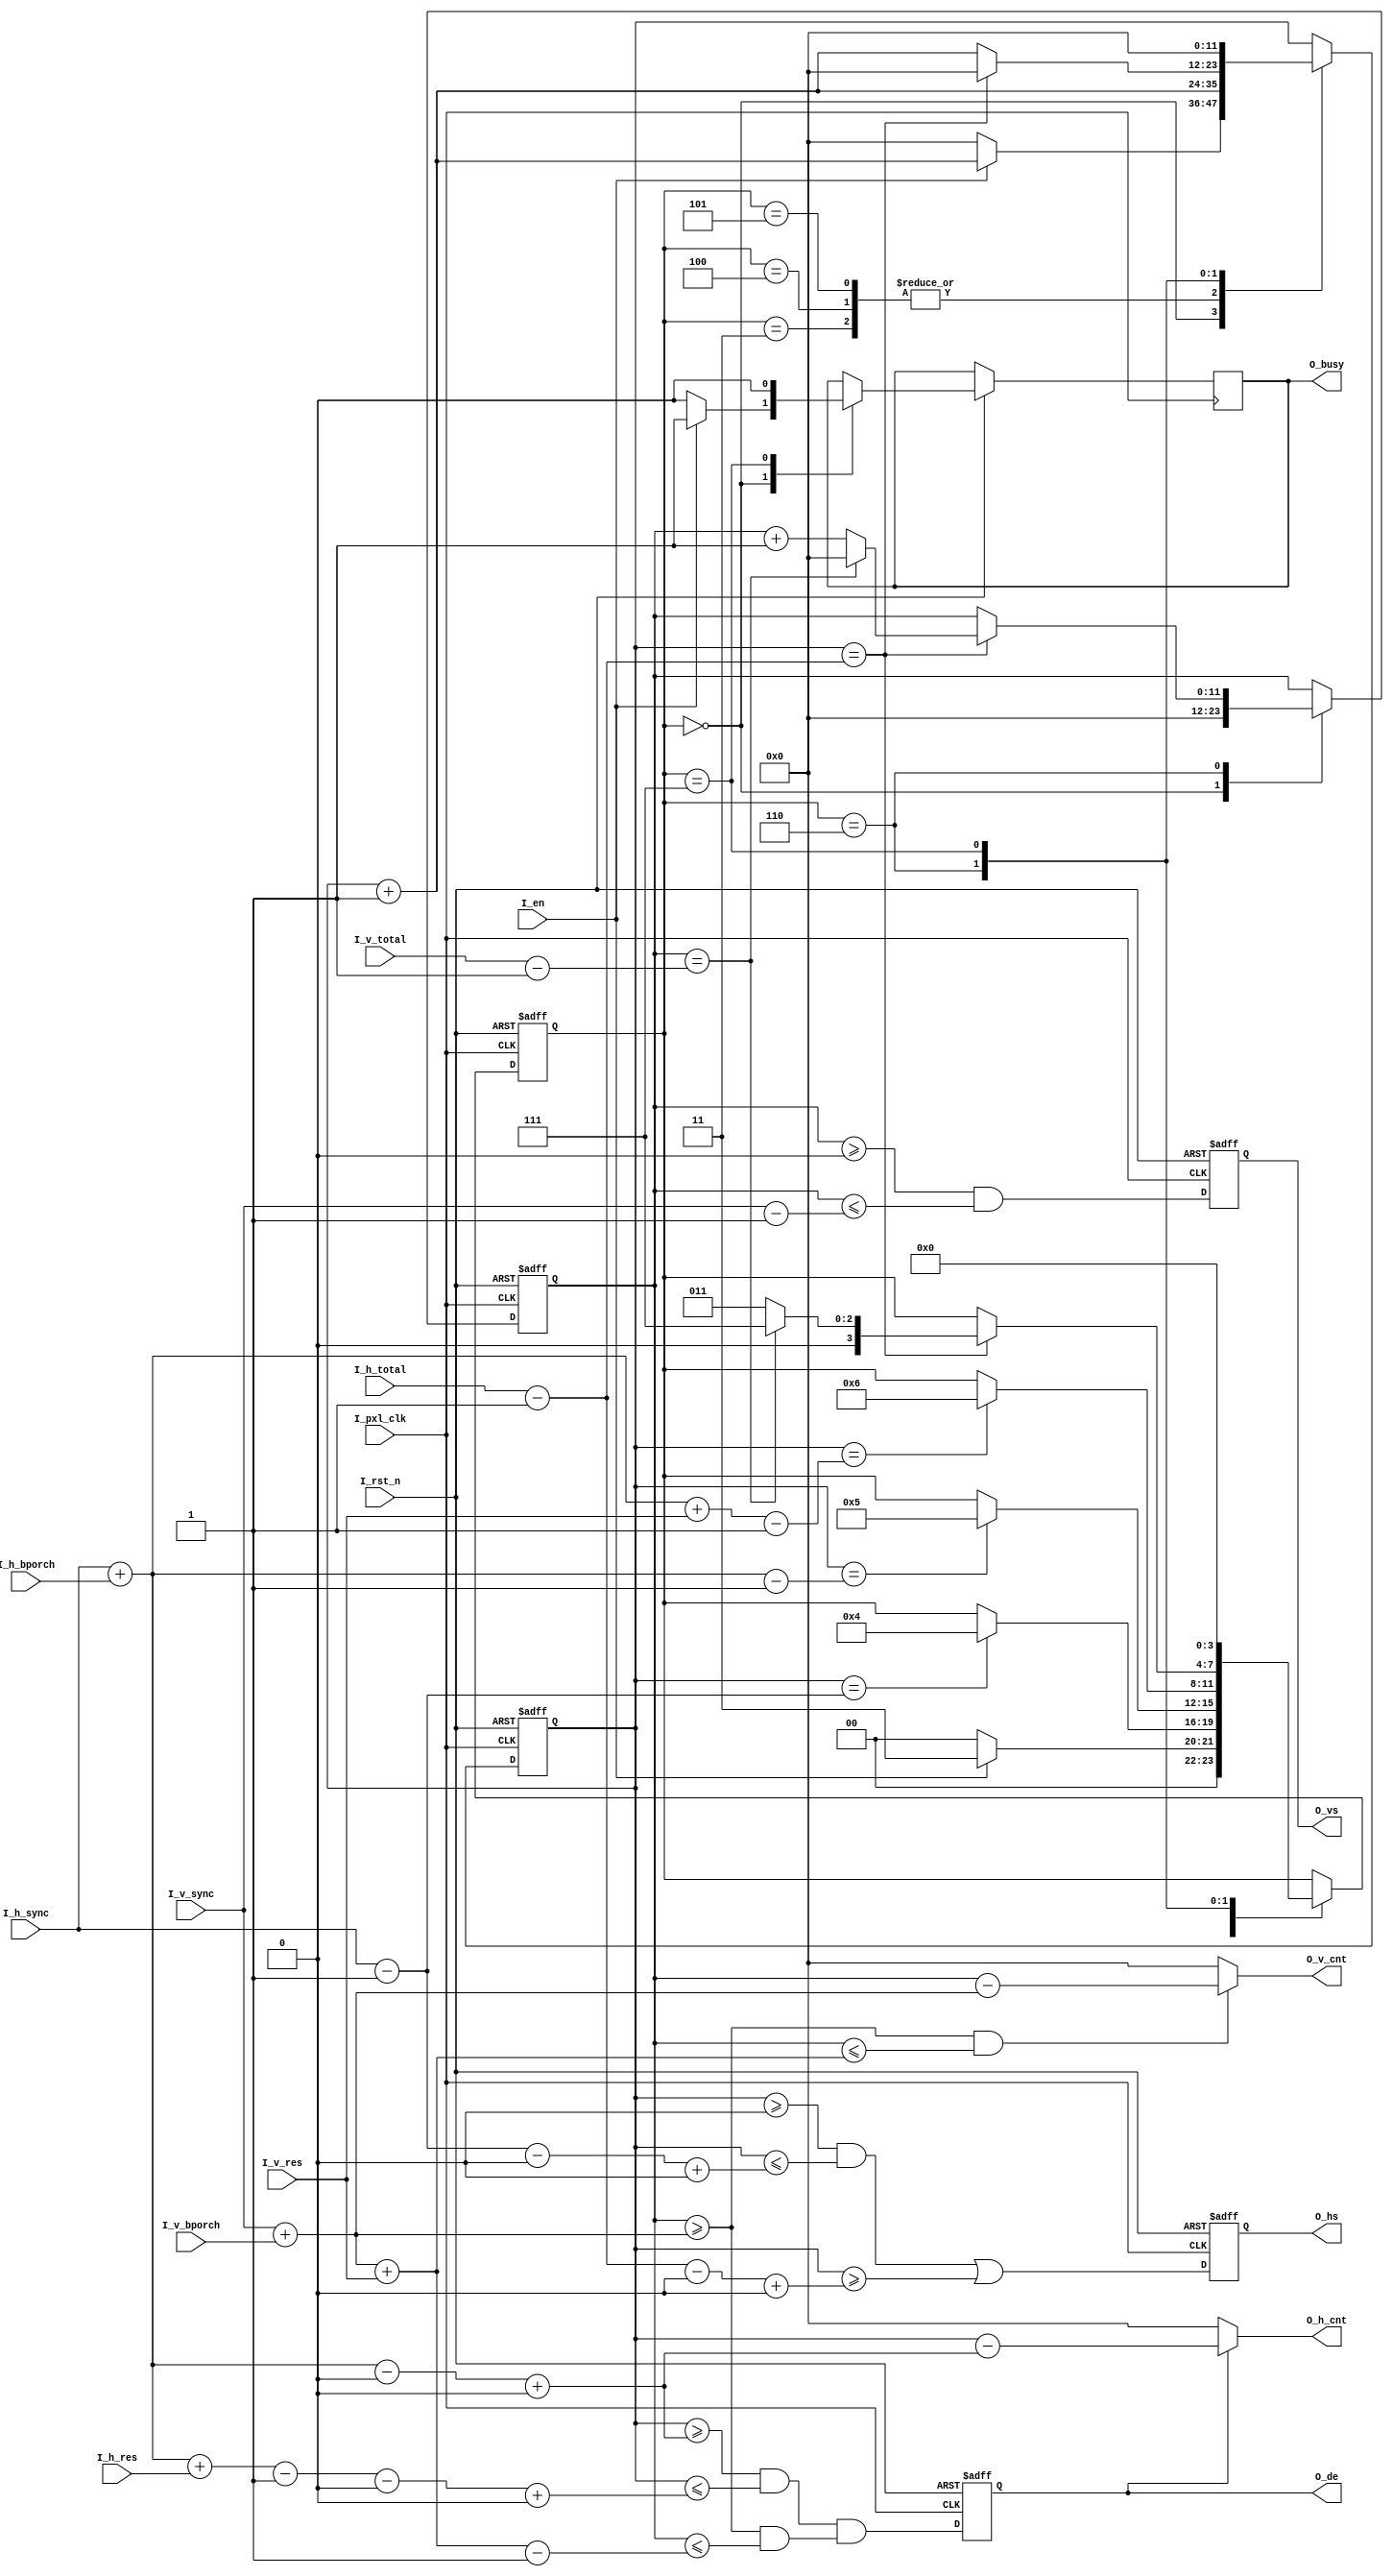
module GreedySnake_hdmi_clk(
	input              I_pxl_clk   ,//pixel clock
    input              I_en        ,
    input              I_rst_n     ,//low active 
    input      [11:0]  I_h_total   ,//hor total time  // 12'd1056  // 12'd1344  // 12'd1650   
    input      [11:0]  I_h_sync    ,//hor sync time   // 12'd128   // 12'd136   // 12'd40     
    input      [11:0]  I_h_bporch  ,//hor back porch  // 12'd88    // 12'd160   // 12'd220    
    input      [11:0]  I_h_res     ,//hor resolution  // 12'd800   // 12'd1024  // 12'd1280   
    input      [11:0]  I_v_total   ,//ver total time  // 12'd628   // 12'd806   // 12'd750     
    input      [11:0]  I_v_sync    ,//ver sync time   // 12'd4     // 12'd6     // 12'd5       
    input      [11:0]  I_v_bporch  ,//ver back porch  // 12'd23    // 12'd29    // 12'd20       
    input      [11:0]  I_v_res     ,//ver resolution  // 12'd600   // 12'd768   // 12'd720     
    output wire[11:0]  O_h_cnt     ,
    output wire[11:0]  O_v_cnt     ,
    output reg         O_busy      ,
    output reg         O_de        ,   
    output reg         O_hs        ,//
    output reg         O_vs        
);

parameter AHEAD_CLK = 12'd0;
parameter DELAY_CLK = 12'd0;

localparam
    HDMI_IDLE       = 4'd0,
    HDMI_VS_SYNC    = 4'd1,
    HDMI_VS_BPORCH  = 4'd2,
    HDMI_HS_SYNC    = 4'd3,
    HDMI_HS_BPORCH  = 4'd4,
    HDMI_HS_RES     = 4'd5,
    HDMI_HS_END     = 4'd6,
    HDMI_FINISH     = 4'd7;

reg  [11:0]   v_cnt     ;
reg  [11:0]   h_cnt     ;
assign O_h_cnt = ~O_de ? 12'd0 : (h_cnt-(I_h_sync+I_h_bporch-AHEAD_CLK+DELAY_CLK));
assign O_v_cnt = (v_cnt >= (I_v_sync+I_v_bporch))&&(v_cnt<=(I_v_sync+I_v_bporch+I_v_res))?v_cnt-(I_v_sync+I_v_bporch):12'd0;

reg  [3:0]    state;
initial begin
    state <= HDMI_IDLE;
    v_cnt <= 0;
    h_cnt <= 0;
    O_busy <= 0;
end

always@(posedge I_pxl_clk or negedge I_rst_n) begin
	if(!I_rst_n) begin
        state <= HDMI_IDLE;
        v_cnt <= 0;
        h_cnt <= 0;
        O_de  <= 0;
        O_hs  <= 0;
        O_vs  <= 0;
    end
    else begin
        // if(ISDELAY_DEHS)begin
            O_vs <= ((v_cnt>=12'd0) & (v_cnt<=(I_v_sync-1'b1)));
            O_hs <= ((h_cnt>=12'd0+DELAY_CLK) & (h_cnt<=(I_h_sync-1'b1-AHEAD_CLK+DELAY_CLK)))|(h_cnt>=I_h_total-12'd1-AHEAD_CLK+DELAY_CLK);
            O_de <= ((h_cnt>=(I_h_sync+I_h_bporch-AHEAD_CLK+DELAY_CLK))&(h_cnt<=(I_h_sync+I_h_bporch+I_h_res-1'b1-AHEAD_CLK+DELAY_CLK)))&
                    ((v_cnt>=(I_v_sync+I_v_bporch))&(v_cnt<=(I_v_sync+I_v_bporch+I_v_res-1'b1))) ;
        // end
        // else begin
        //     O_vs <= ((v_cnt>=12'd0) & (v_cnt<=(I_v_sync-1'b1)));
        //     O_hs <= ((h_cnt>=12'd0) & (h_cnt<=(I_h_sync-1'b1)));
        //     O_de <= ((h_cnt>=(I_h_sync+I_h_bporch))&(h_cnt<=(I_h_sync+I_h_bporch+I_h_res-1'b1)))&
        //             ((v_cnt>=(I_v_sync+I_v_bporch))&(v_cnt<=(I_v_sync+I_v_bporch+I_v_res-1'b1))) ;
        // end

        case(state)
            HDMI_IDLE:begin
                if(I_en)begin
                    state <= HDMI_HS_SYNC;
                    O_busy <= 1;
                    h_cnt <= h_cnt + 12'd1;
                end
                else begin
                    state <= HDMI_IDLE;
                    O_busy <= 0;
                    h_cnt <= 0;
                end
                v_cnt <= 0;
            end
            HDMI_HS_SYNC:begin
                h_cnt <= h_cnt + 12'd1;
                if(h_cnt == I_h_sync - 12'd1) begin
                    state <= HDMI_HS_BPORCH;
                end
            end
            HDMI_HS_BPORCH:begin
                h_cnt <= h_cnt + 12'd1;
                if(h_cnt == I_h_sync + I_h_bporch - 12'd1) begin
                    state <= HDMI_HS_RES;
                end
            end
            HDMI_HS_RES:begin
                h_cnt <= h_cnt + 12'd1;
                if(h_cnt == I_h_sync + I_h_bporch + I_v_res - 12'd1) begin
                    state <= HDMI_HS_END;
                end
            end
            HDMI_HS_END:begin
                h_cnt <= h_cnt + 12'd1;
                if(h_cnt == I_h_total - 12'd1) begin
                    h_cnt <= 0;
                    if(v_cnt == I_v_total - 12'd1) begin
                        state <= HDMI_FINISH;
                        v_cnt <= 12'd0;
                    end
                    else begin
                        state <= HDMI_HS_SYNC;
                        v_cnt <= v_cnt + 12'd1;
                    end
                end
            end
            HDMI_FINISH:begin
                state <= HDMI_IDLE;
                O_busy <= 0;
                h_cnt <= 0;
            end
        endcase
    end
end



endmodule